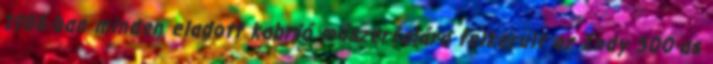
1986-ban minden eladott kabrió műszerfalára felkerült az Indy 500-as